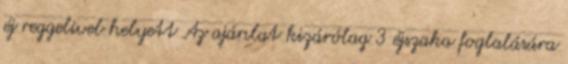
éj reggelivel helyett Az ajánlat kizárólag 3 éjszaka foglalására